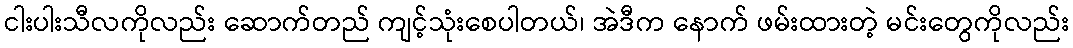
ငါးပါးသီလကိုလည်း ဆောက်တည် ကျင့်သုံးစေပါတယ်၊ အဲဒီက နောက် ဖမ်းထားတဲ့ မင်းတွေကိုလည်း